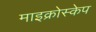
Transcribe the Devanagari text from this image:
माइक्रोस्केप